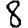
Digit: 8